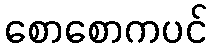
စောစောကပင်